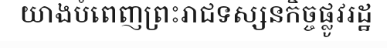
យាងបំពេញព្រះរាជទស្សនកិច្ចផ្លូវរដ្ឋ